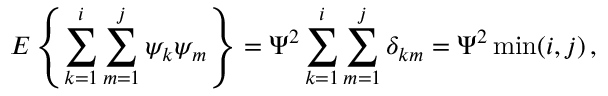
E \left\{ \sum _ { k = 1 } ^ { i } \sum _ { m = 1 } ^ { j } \psi _ { k } \psi _ { m } \right\} = \Psi ^ { 2 } \sum _ { k = 1 } ^ { i } \sum _ { m = 1 } ^ { j } \delta _ { k m } = \Psi ^ { 2 } \operatorname* { m i n } ( i , j ) \, ,